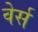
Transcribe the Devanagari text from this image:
वेर्स